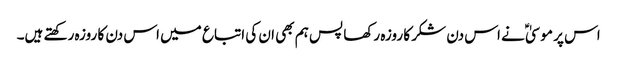
اس پر موسیٰ ؑ نے اس دن شکر کا روزہ رکھا پس ہم بھی ان کی اتباع میں اس دن کا روزہ رکھتے ہیں۔